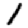
Digit: 1